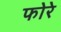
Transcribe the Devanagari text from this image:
फोरे